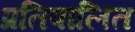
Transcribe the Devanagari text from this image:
प्रतिपालित